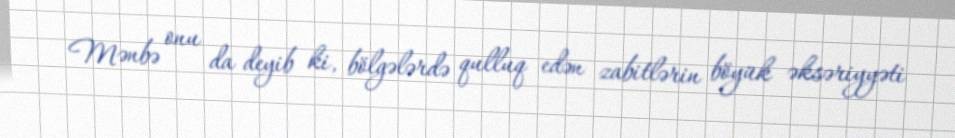
Mənbə onu da deyib ki, bölgələrdə qulluq edən zabitlərin böyük əksəriyyəti